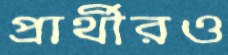
প্রার্থীরও